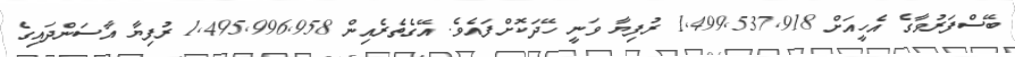
ބޭސްފަރުވާގެ އެހީއަށް 1